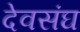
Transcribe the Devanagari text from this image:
देवसंघ